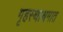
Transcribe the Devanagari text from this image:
गृहस्थाश्रमात